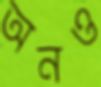
অনও